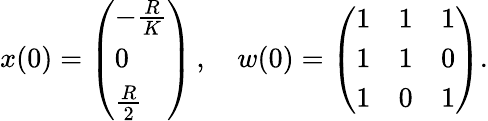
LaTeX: x(0)=\left(\begin{array}{l}{-\frac{R}{K}}\\ {0}\\ {\frac{R}{2}}\end{array}\right)\, ,\quad w(0)=\left(\begin{array}{lll}{1}&{1}&{1}\\ {1}&{1}&{0}\\ {1}&{0}&{1}\end{array}\right).